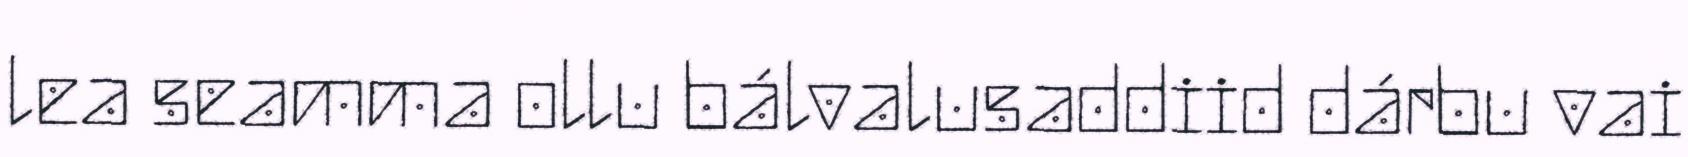
lea seamma ollu bálvalusaddiid dárbu vai